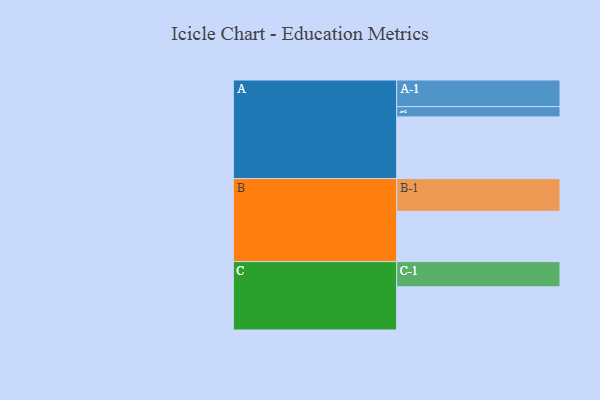
{"axis": {"x": "Segment", "y": "Value"}, "legend": ["", "A", "B", "C"], "data": [{"x": "A", "y": 493, "type": ""}, {"x": "B", "y": 402, "type": ""}, {"x": "C", "y": 345, "type": ""}, {"x": "A-1", "y": 213, "type": "A"}, {"x": "A-2", "y": 82, "type": "A"}, {"x": "B-1", "y": 262, "type": "B"}, {"x": "C-1", "y": 202, "type": "C"}]}